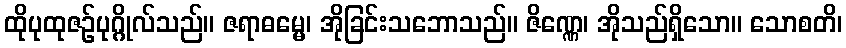
ထိုပုထုဇဉ်ပုဂ္ဂိုလ်သည်။ ဇရာဓမ္မေ၊ အိုခြင်းသဘောသည်။ ဇိဏ္ဏေ၊ အိုသည်ရှိသော။ သောစတိ၊